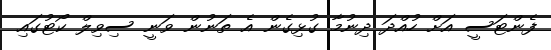
ފެންޓަސީ އަށް ހުއްދަ ދިނުމާ ގުޅިގެން އެ ތަނުން ވަނީ ސިވިލް ކޯޓުގައި